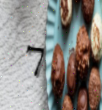
7